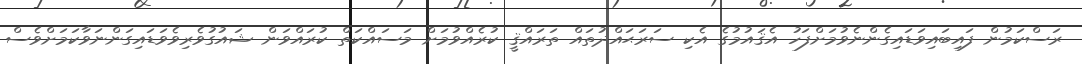
ރަސްކަމުން ފައިބައިވަޑައިގެންނެވުމަށްފަހު އެޤައުމުގެ އެކި ސަރަޙައްދުތައް ތަރައްޤީ ކުރެއްވުމަށް މަސައްކަތް ކުރައްވަން ޝައުގުވެރިވެވަޑައިގަންނަވާކަމަށްވެސް